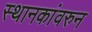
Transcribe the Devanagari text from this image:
स्थानकांवरुन